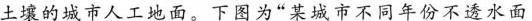
土壤的城市人工地面。下图为”某城市不同年份不透水面